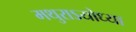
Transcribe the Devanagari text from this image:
मथुराऽयोध्या